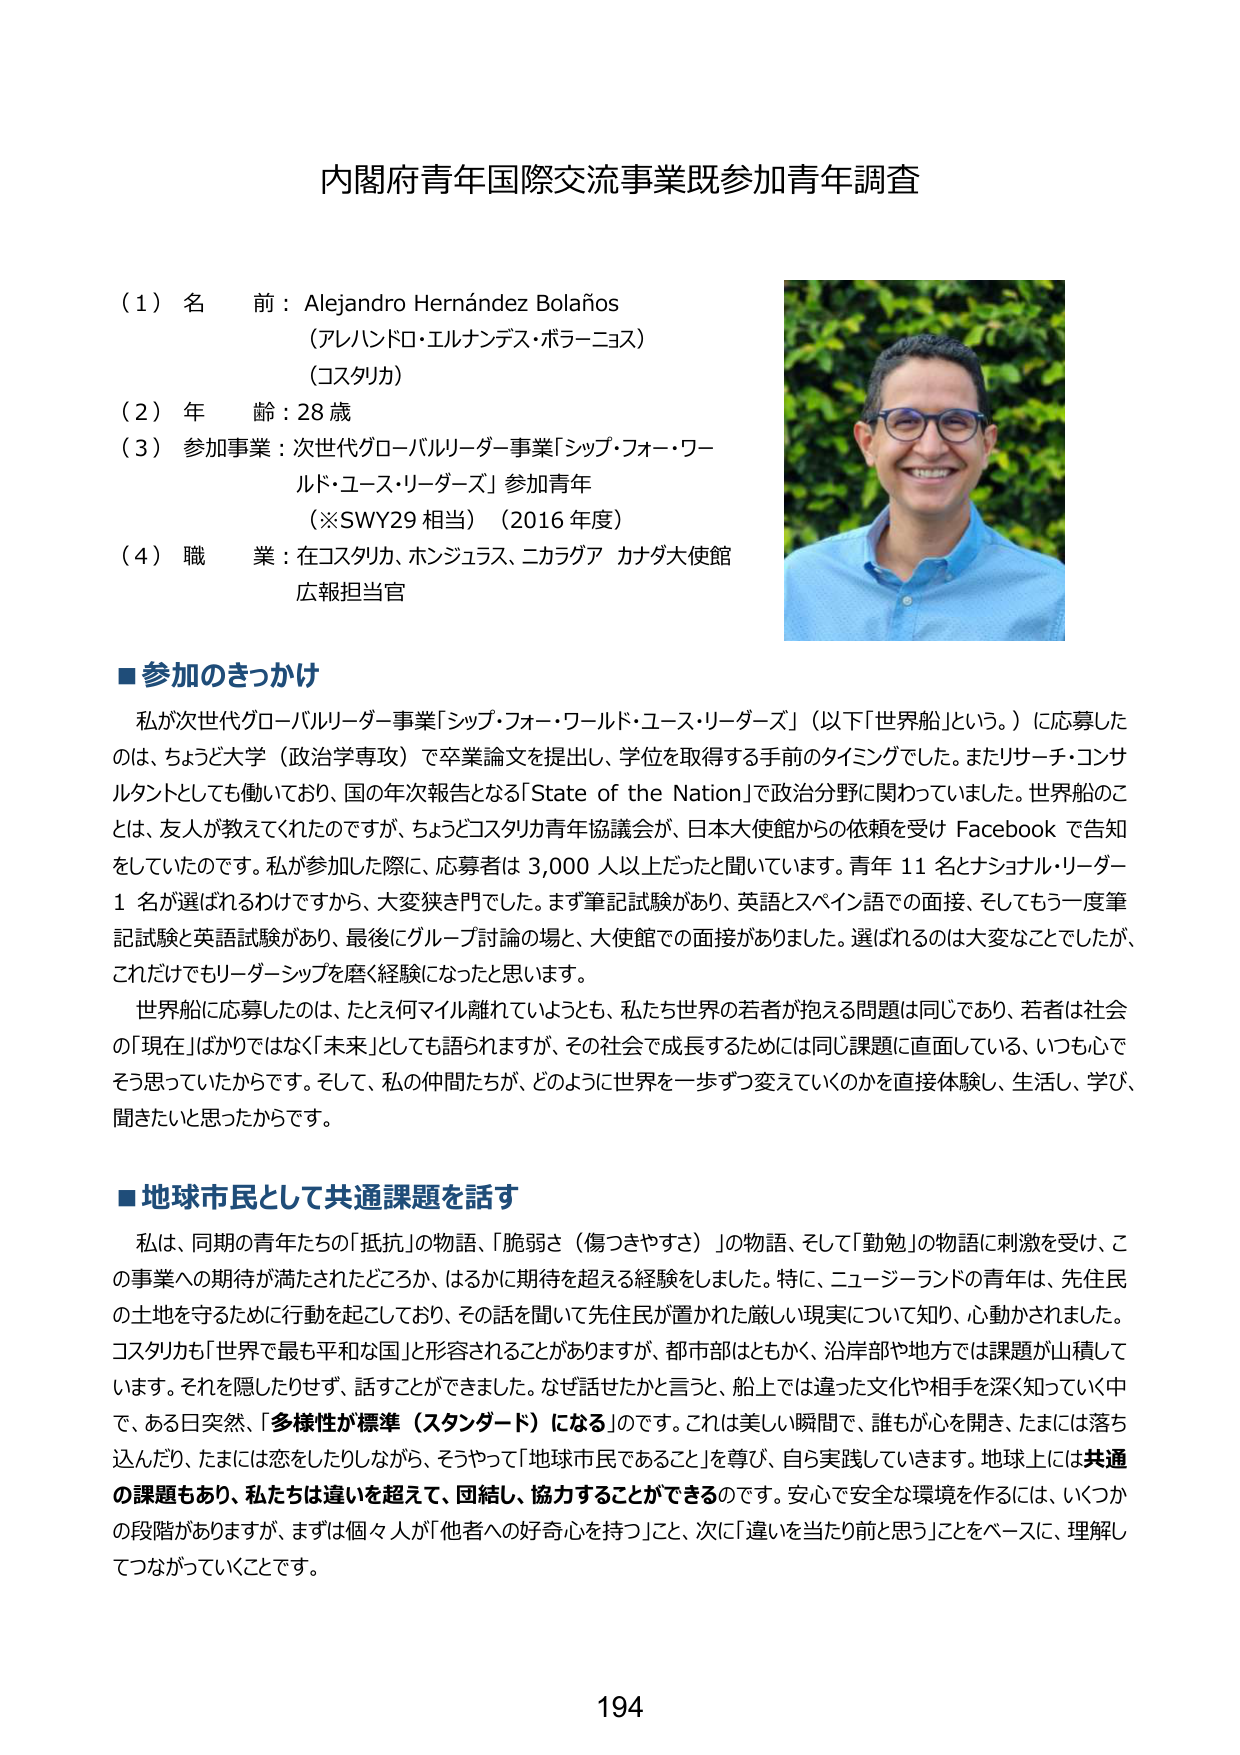
内閣府青年国際交流事業既参加青年調査

（１）名前：Alejandro Hernández Bolaños
（アレハンドロ・エルナンデス・ボラーニョス）
（コスタリカ）

（２）年齢：28歳

（３）参加事業：次世代グローバルリーダー事業「シップ・フォー・ワールド・ユース・リーダーズ」参加青年
（※SWY29 相当）（2016年度）

（４）職業：在コスタリカ、ホンジュラス、ニカラグア カナダ大使館 広報担当官

■参加のきっかけ
私が次世代グローバルリーダー事業「シップ・フォー・ワールド・ユース・リーダーズ」（以下「世界船」という。）に応募したのは、ちょうど大学（政治学専攻）で卒業論文を提出し、学位を取得する手前のタイミングでした。またリサーチ・コンサルタントとしても働いており、国の年次報告となる「State of the Nation」で政治分野に関わっていました。世界船のこととは、友人が教えてくれたのですが、ちょうどコスタリカ青年協議会が、日本大使館からの依頼を受け Facebook で告知をしていたのです。私が参加した際に、応募者は 3,000 人以上だったと聞いています。青年 11 名とナショナル・リーダー 1 名が選ばれるわけですから、大変狭き門でした。まず筆記試験があり、英語とスペイン語での面接、そしてもう一度筆記試験と英語試験があり、最後にグループ討論の場と、大使館での面接がありました。選ばれるのは大変なことでしたが、これだけでもリーダーシップを磨く経験になったと思います。
世界船に応募したのは、たとえ何マイル離れていようとも、私たち世界の若者が抱える問題は同じであり、若者は社会の「現在」ばかりではなく「未来」としても語られます。その社会で成長するためには同じ課題に直面している、いつも心でそう思っていたからです。そして、私の仲間たちが、どのように世界を一歩ずつ変えていくのかを直接体験し、生活し、学び、聞きたいと思ったからです。

■地球市民として共通課題を話す
私は、同期の青年たちの「抵抗」の物語、「脆弱さ（傷つきやすさ）」の物語、そして「勤勉」の物語に刺激を受け、この事業への期待が満たされたどころか、はるかに期待を超える経験をしました。特に、ニュージーランドの青年は、先住民の土地を守るために行動を起こしており、その話を聞いて先住民が置かれた厳しい現実について知り、心動かされました。コスタリカを「世界で最も平和な国」と形容されることがあります。都市部はともかく、沿岸部や地方では課題が山積しています。それを隠したりせず、話すことができました。なぜ話せたかと言うと、船上では違った文化や相手を深く知っていく中で、ある日突然、「多様性が標準（スタンダード）になる」のです。これは美しい瞬間で、誰もが心を開き、たまには落ち込んだり、たまには恋をしたりしながら、そうやって「地球市民であること」を尊び、自ら実践していきます。地球上には共通の課題もあり、私たちは違いを超えて、団結し、協力することができるのです。安心で安全な環境を作るには、いくつかの段階がありますが、まずは個々人が「他者への好奇心を持つ」こと、次に「違いを当たり前と思う」ことをベースに、理解してつながっていくことです。

194